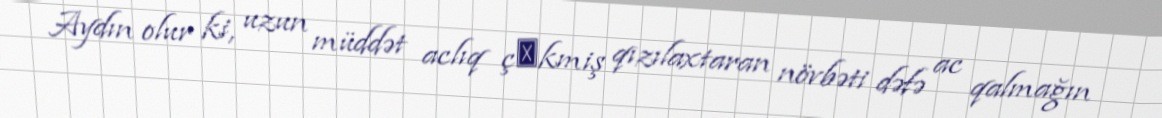
Aydın olur ki, uzun müddət aclıq çәkmiş qızılaxtaran növbəti dəfə ac qalmağın